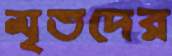
মৃতদের